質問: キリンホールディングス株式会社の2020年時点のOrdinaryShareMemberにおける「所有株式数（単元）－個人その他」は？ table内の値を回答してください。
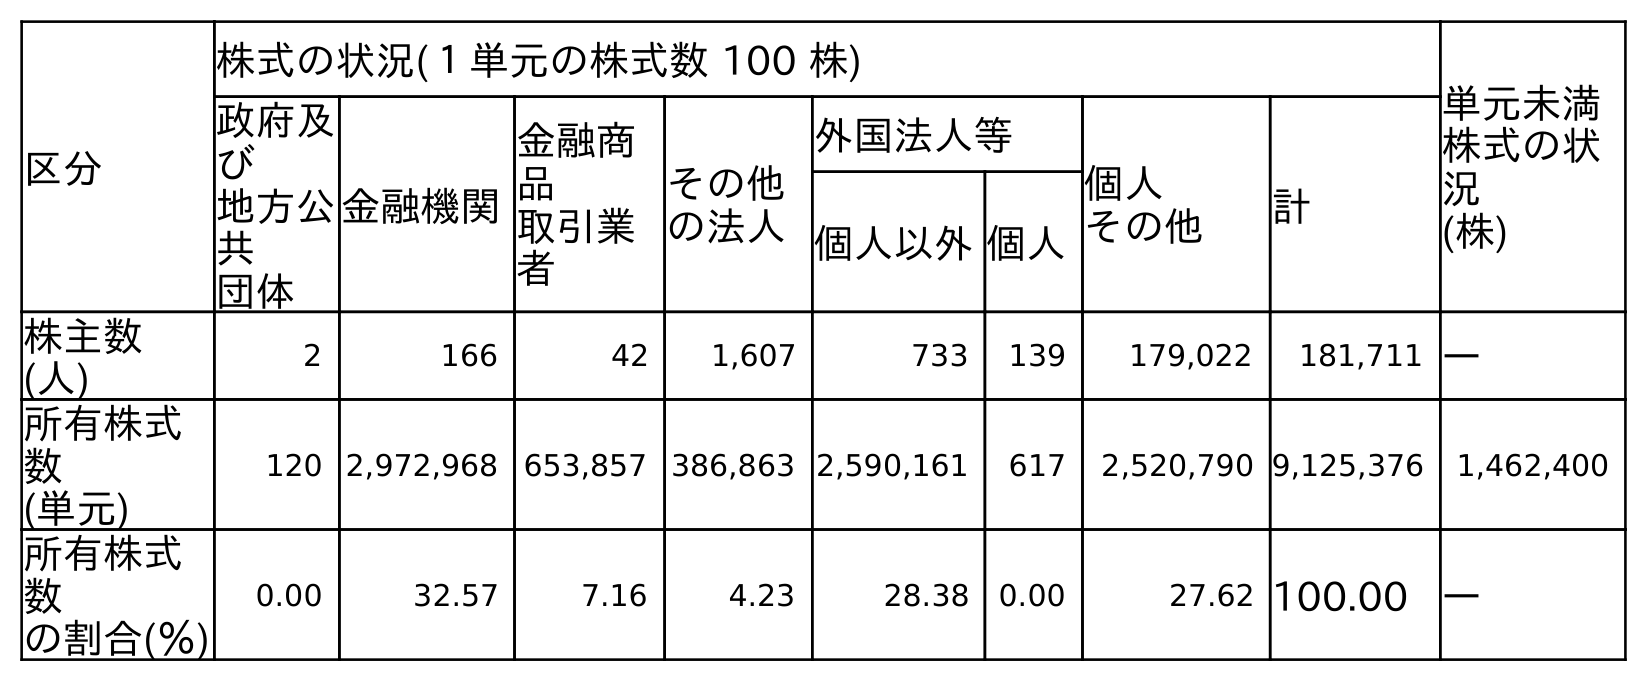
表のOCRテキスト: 区分 株式の状況(１単元の株式数 100 株) 単元未満 株式の状 況 (株) 政府及 び 地方公 共 団体 金融機関 金融商 品 取引業 者 その他 の法人 外国法人等 個人 その他 計 個人以外個人 株主数 (人) 2 166 42 1,607 733 139 179,022 181,711 ― 所有株式 数 (単元) 120 2,972,968 653,857 386,863 2,590,161 617 2,520,790 9,125,376 1,462,400 所有株式 数 の割合(％) 0.00 32.57 7.16 4.23 28.38 0.00 27.62 100.00 ―
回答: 2,520,790